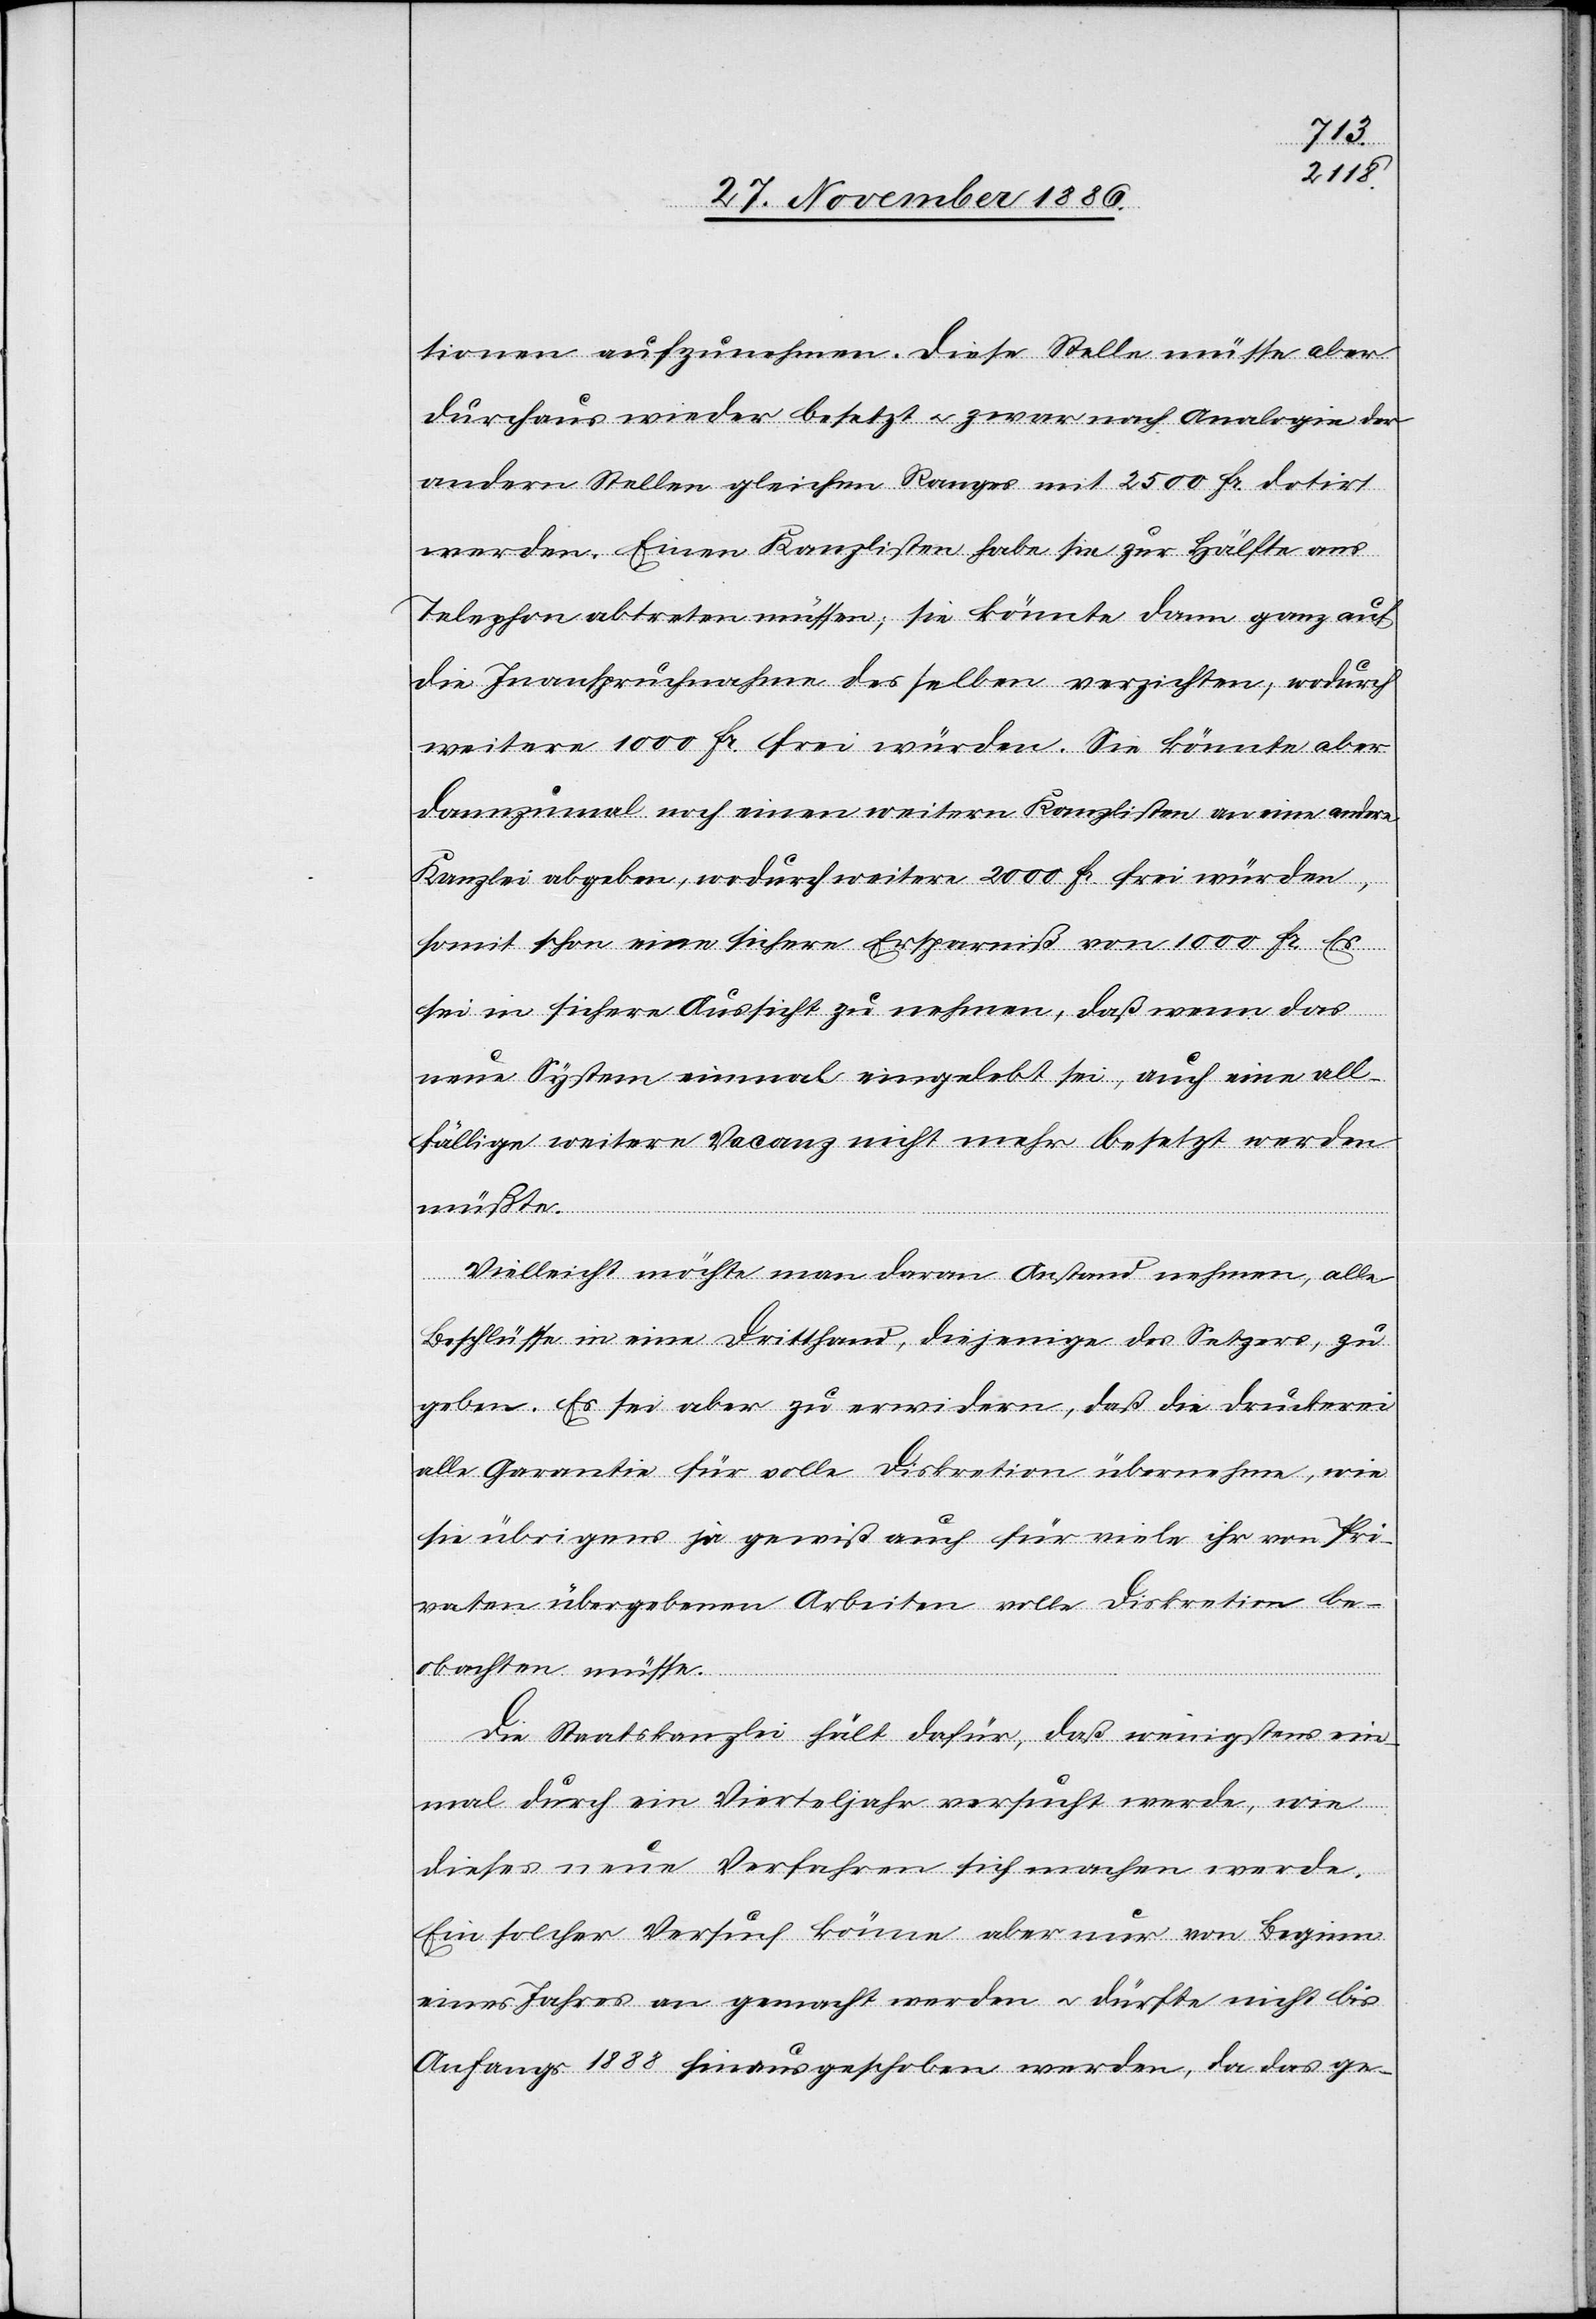
tionen aufzunehmen. Diese Stelle müsse aber
durchaus wieder besetzt & zwar nach Analogie der
andern Stellen gleichen Ranges mit 2500 Fr. dotirt
werden. Einen Kanzlisten habe sie zur Hälfte ans
Telephon abtreten müssen; sie könnte dann ganz auf
die Inanspruchnahme des selben verzichten, wodurch
weitere 1000 Fr. frei würden. Sie könnte aber
dannzumal noch einen weitern Kanzlisten an eine andere
Kanzlei abgeben, wodurch weitere 2000 Fr. frei würden,
somit schon eine sichere Ersparniß von 1000 Fr. Es
sei in sichere Aussicht zu nehmen, daß wenn das
neue System einmal eingelebt sei, auch eine all¬
fällige weitere Vacanz nicht mehr besetzt werden
müßte.
Vielleicht möchte man daran Anstand nehmen, alle
Beschlüsse in eine Dritthand, diejenige des Setzers, zu
geben. Es sei aber zu erwidern, daß die Druckerei
alle Garantie für volle Diskretion übernehme, wie
sie übrigens ja gewiß auch für viele ihr von Pri¬
vaten übergebenen Arbeiten volle Diskretion be¬
obachten müsse.
Die Staatskanzlei hält dafür, daß wenigstens ein¬
mal durch ein Vierteljahr versucht werde, wie
dieses neue Verfahren sich machen werde.
Ein solcher Versuch könne aber nur von Beginn
eines Jahres an gemacht werden & dürfte nicht bis
Anfangs 1888 hinausgeschoben werden, da das ge-